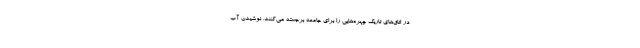
در اتاق‌های تاریک چهره‌هایی را برای جامعه برجسته می‌کنند. نوشیدن آب